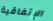
الإتفاقية